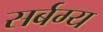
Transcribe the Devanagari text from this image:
सर्बग्य